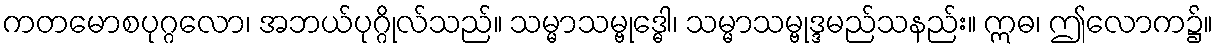
ကတမောစပုဂ္ဂလော၊ အဘယ်ပုဂ္ဂိုလ်သည်။ သမ္မာသမ္ဗုဒ္ဓေါ၊ သမ္မာသမ္ဗုဒ္ဒမည်သနည်း။ ဣဓ၊ ဤလောက၌။